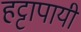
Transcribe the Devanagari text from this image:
हट्टापायी